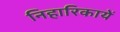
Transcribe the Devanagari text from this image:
निहारिकायें